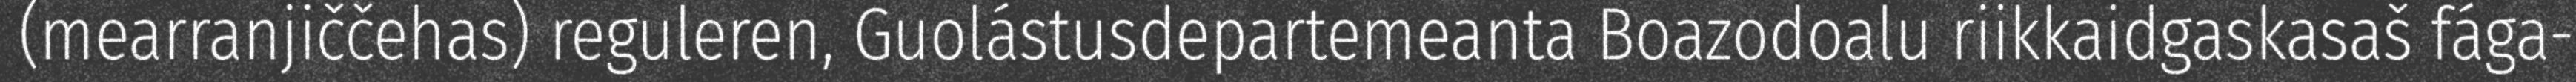
(mearranjiččehas) reguleren, Guolástusdepartemeanta Boazodoalu riikkaidgaskasaš fága-